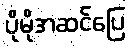
ပိုမိုအဆင်ပြေ